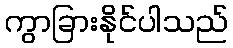
ကွာခြားနိုင်ပါသည်